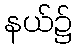
နယ်၌